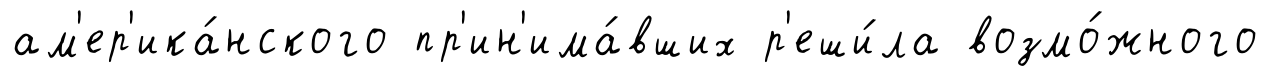
ам'ер'ика́нского пр'ин'има́вших р'еши́ла возмо́жного